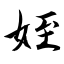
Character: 姪